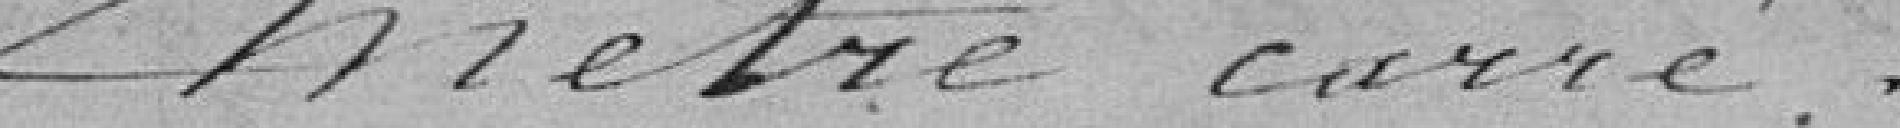
mètre carré.